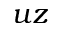
u z